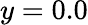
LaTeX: y=0.0